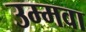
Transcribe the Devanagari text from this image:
उम्मवा